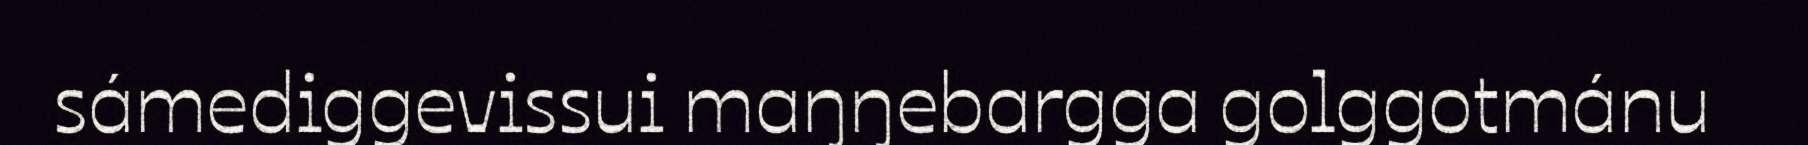
sámediggevissui maŋŋebargga golggotmánu